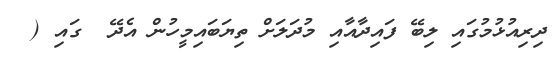
ދިރިއުޅުމުގައި ލިބޭ ފައިދާއާއި މުދަލަށް ތިޔަބައިމީހުން އެދޭ  ގައި (